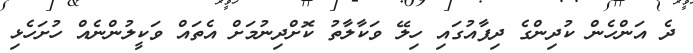
ދެ އަންހެން ކުދިންގެ ދިފާއުގައި ހިލޭ ވަކާލާތު ކޮށްދިނުމަށް އެތައް ވަކީލުންނެއް ހުށަހެޅި